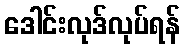
ဒေါင်းလုဒ်လုပ်ရန်